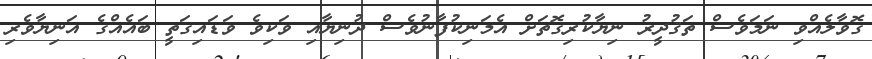
ގޮވާލެއްވި ނަމަވެސް ތަޤުދީރު ނިޔާކުރިގޮތަށް އެމަނިކުފާނުވެސް ދުނިޔާއި ވަކިވެ ވަޑައިގަތީ ބައެއްގެ އަނިޔާވެރި